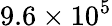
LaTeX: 9.6\times 10^{5}